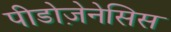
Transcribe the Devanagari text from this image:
पीडोज़ेनेसिस